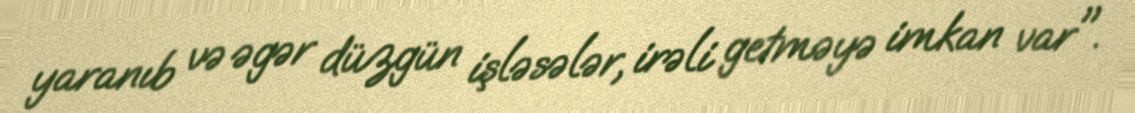
yaranıb və əgər düzgün işləsələr, irəli getməyə imkan var".